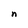
Character: n